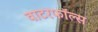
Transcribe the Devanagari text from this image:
वाटरफॉल्स